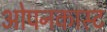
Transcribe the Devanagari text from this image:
ओपनकास्ट